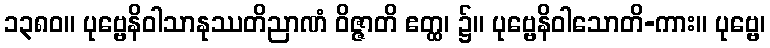
၁၃၈၀။ ပုဗ္ဗေနိဝါသာနုဿတိညာဏံ ဝိဇ္ဇာတိ ဧတ္ထ၊ ၌။ ပုဗ္ဗေနိဝါသောတိ-ကား။ ပုဗ္ဗေ၊